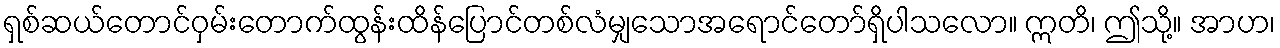
ရှစ်ဆယ်တောင်ဝှမ်းတောက်ထွန်းထိန်ပြောင်တစ်လံမျှသောအရောင်တော်ရှိပါသလော။ ဣတိ၊ ဤသို့။ အာဟ၊